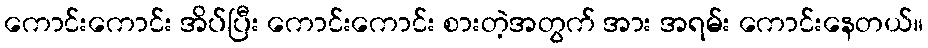
ကောင်းကောင်း အိပ်ပြီး ကောင်းကောင်း စားတဲ့အတွက် အား အရမ်း ကောင်းနေတယ်။